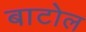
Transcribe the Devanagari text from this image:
बाटोल